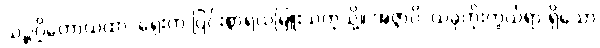
သဉ္ဇဂ္ဃိတောယထာ၊ ရှေးက ပြင်းစွာရယ်မြူးသကဲ့သို့။ အဇ္ဇာပိ၊ ယခုကိုးကွယ်ရာ ရှိသော